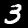
Label: 3